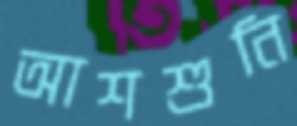
আশশুনি